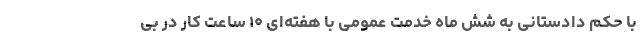
با حکم دادستانی به شش ماه خدمت عمومی با هفته‌ای ۱۰ ساعت کار در بی